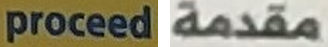
proceed مقدمة